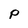
Character: p